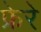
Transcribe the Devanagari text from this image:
फ्रेरे